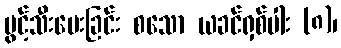
ပွင့်သီးပေးခြင်း စသော ယခင်ရှစ်ပါး (၈)၊